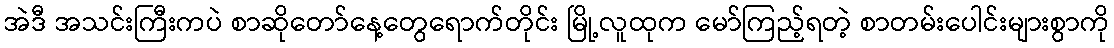
အဲဒီ အသင်းကြီးကပဲ စာဆိုတော်နေ့တွေရောက်တိုင်း မြို့လူထုက မော်ကြည့်ရတဲ့ စာတမ်းပေါင်းများစွာကို